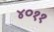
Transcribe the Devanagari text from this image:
४०११